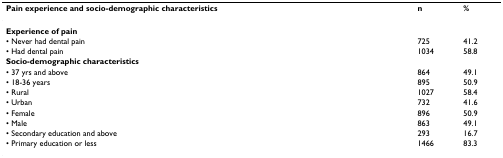
| Pain experience and socio-demographic characteristics | n | % |
 | --- | --- | --- |
 | Experience of pain |  |  |
 | • Never had dental pain | 725 | 41.2 |
 | • Had dental pain | 1034 | 58.8 |
 | Socio-demographic characteristics |  |  |
 | • 37 yrs and above | 864 | 49.1 |
 | • 18-36 years | 895 | 50.9 |
 | • Rural | 1027 | 58.4 |
 | • Urban | 732 | 41.6 |
 | • Female | 896 | 50.9 |
 | • Male | 863 | 49.1 |
 | • Secondary education and above | 293 | 16.7 |
 | • Primary education or less | 1466 | 83.3 |